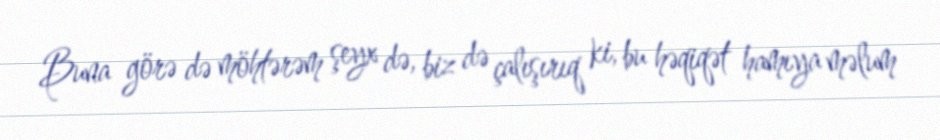
Buna görə də möhtərəm şeyx də, biz də çalışırıq ki, bu həqiqət hamıya məlum